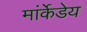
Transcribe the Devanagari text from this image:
मांर्केडेय